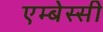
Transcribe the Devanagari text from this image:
एम्बेस्सी